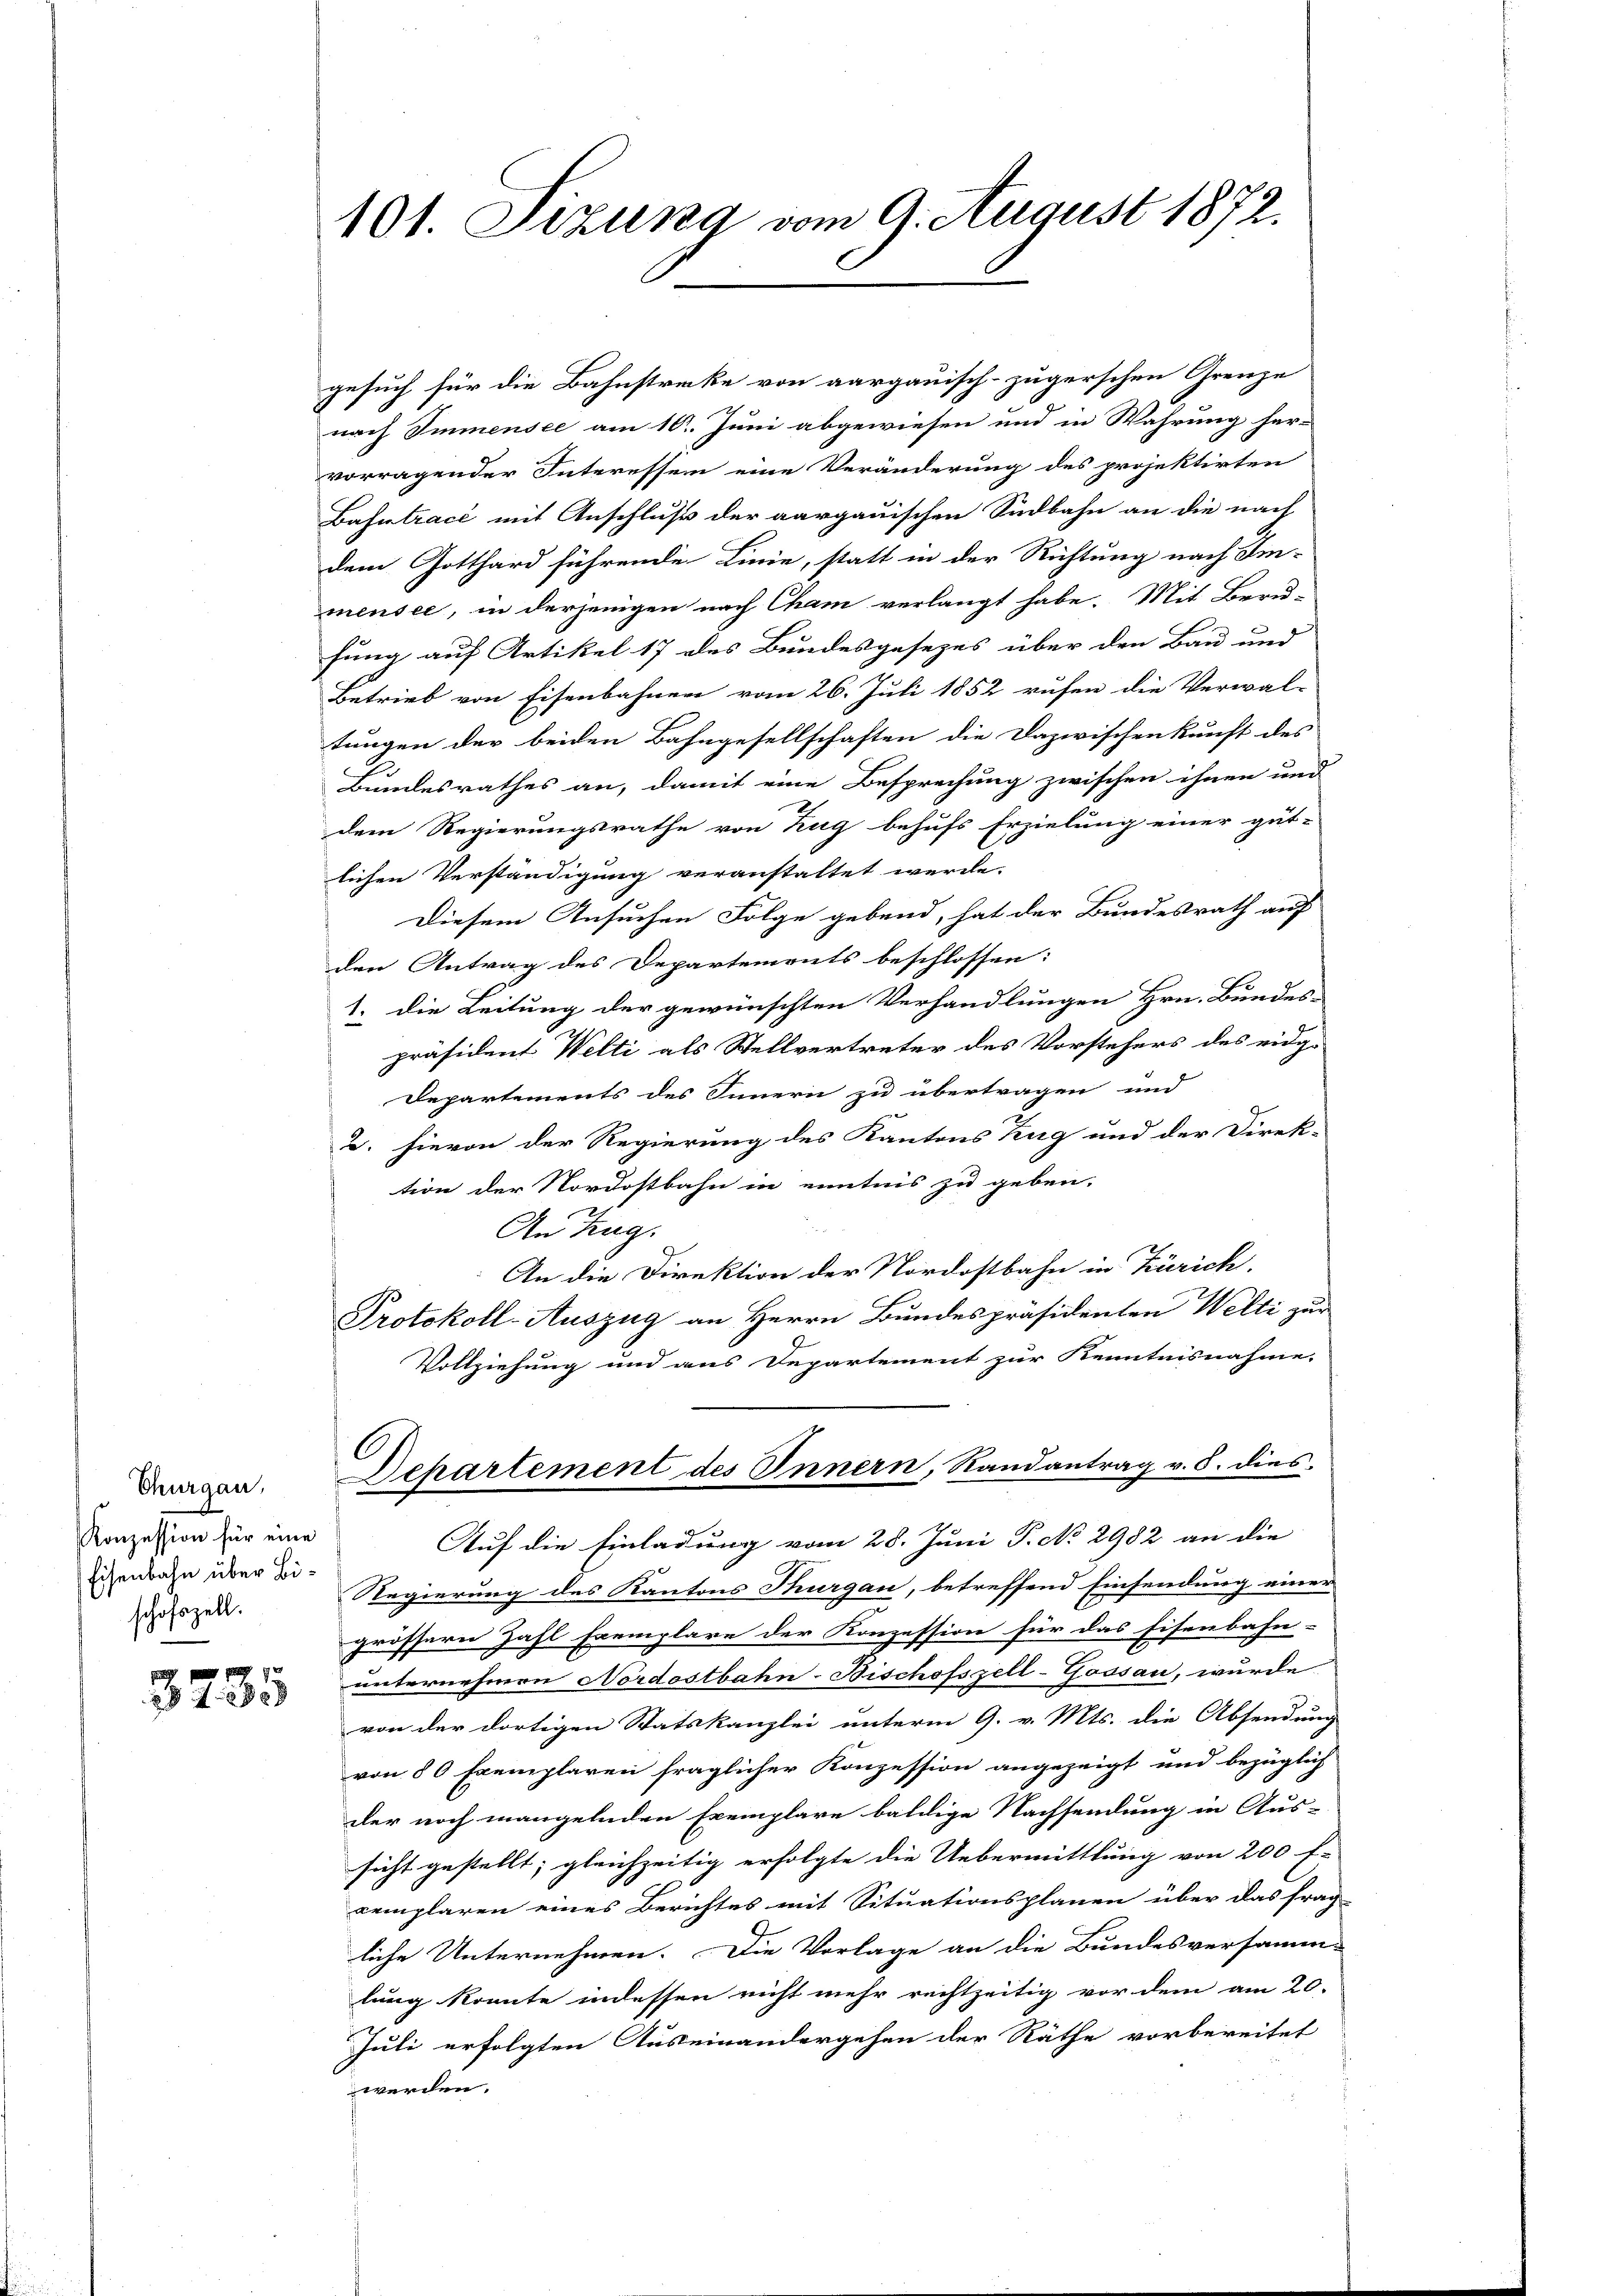
Thurgau,
Konzession für eine
Eisenbahn über Bischofszell.

3235

101. Sizung vom 9. August 1872.

gesuch für die Bahnstrecke von aargauisch-zugerschen Grenze
nach Immensee am 10. Juni abgewiesen und in Wahrung her-
vorragender Interessen eine Veränderung des projektirten
Bahntracé mit Anschluß der aargauischen Südbahn an die nach
dem Gotthard führende Linie, statt in der Richtung nach Im-
mensee, in derjenigen nach Cham verlangt habe. Mit Beru-
fung auf Artikel 17 des Bundesgesezes über den Bau und
Betrieb von Eisenbahnen vom 26. Juli 1852 rufen die Verwal-
tungen der beiden Bahngesellschaften die Dazwischenkunft des
Bundesrathes an, damit eine Besprechung zwischen ihnen und
dem Regierungsrathe von Zug behufs Erzielung einer gut-
lichen Verständigung veranstaltet werde.
Diesem Ansuchen Folge gebend, hat der Bundesrath auf
den Antrag des Departements beschlossen:
1. die Leitung der gewünschten Verhandlungen Hrn. Bundes-
präsident Welti als Stellvertreter des Vorstehers des eidg-
Departements des Innern zu übertragen und
2. hievon der Regierung des Kantons Zug und der Direk-
tion der Nordostbahn in enntnis zu geben.
An Zug.
An die Direktion der Nordostbahn in Zürich.
Protokoll-Auszug an Herrn Bundespräsidenten Welti zur
Vollziehung und aus Departement zur Kenntnisnahme.
C
Departement des Innern, Randantrag v. 8. dies
Auf die Einladung vom 28. Juni P. No 2982 an die
Regierung des Kantons Thurgau, betreffend Einsendung einer
grössern Zahl Exemplare der Konzession für das Eisenbahn-
unternehmen Nordostbahn-Bischofszell-Gossau, wurde
von der dortigen Statskanzlei unterm 9. v. Mts. die Absendung
von 80 Exemplaren fraglicher Konzession angezeigt und bezüglich
der noch mangelnden Exemplare baldige Nachsendung in Aus-
sicht gestellt; gleichzeitig erfolgte die Uebermittlung von 200 f-
cemplaren eines Berichtes mit Situationsplanen über das frag-
liche Unternehmen. Die Vorlage an die Bundesversamm-
lung konnte indessen nicht mehr rechtzeitig vor dem am 20.
Juli erfolgten Auseinandergehen der Räthe vorbereitet
werden.